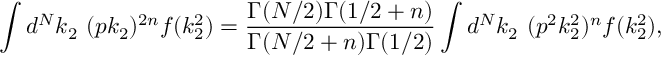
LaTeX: \int d ^ { N } k _ { 2 } ~ ( p k _ { 2 } ) ^ { 2 n } f ( k _ { 2 } ^ { 2 } ) = \frac { \Gamma ( N / 2 ) \Gamma ( 1 / 2 + n ) } { \Gamma ( N / 2 + n ) \Gamma ( 1 / 2 ) } \int d ^ { N } k _ { 2 } ~ ( p ^ { 2 } k _ { 2 } ^ { 2 } ) ^ { n } f ( k _ { 2 } ^ { 2 } ) ,